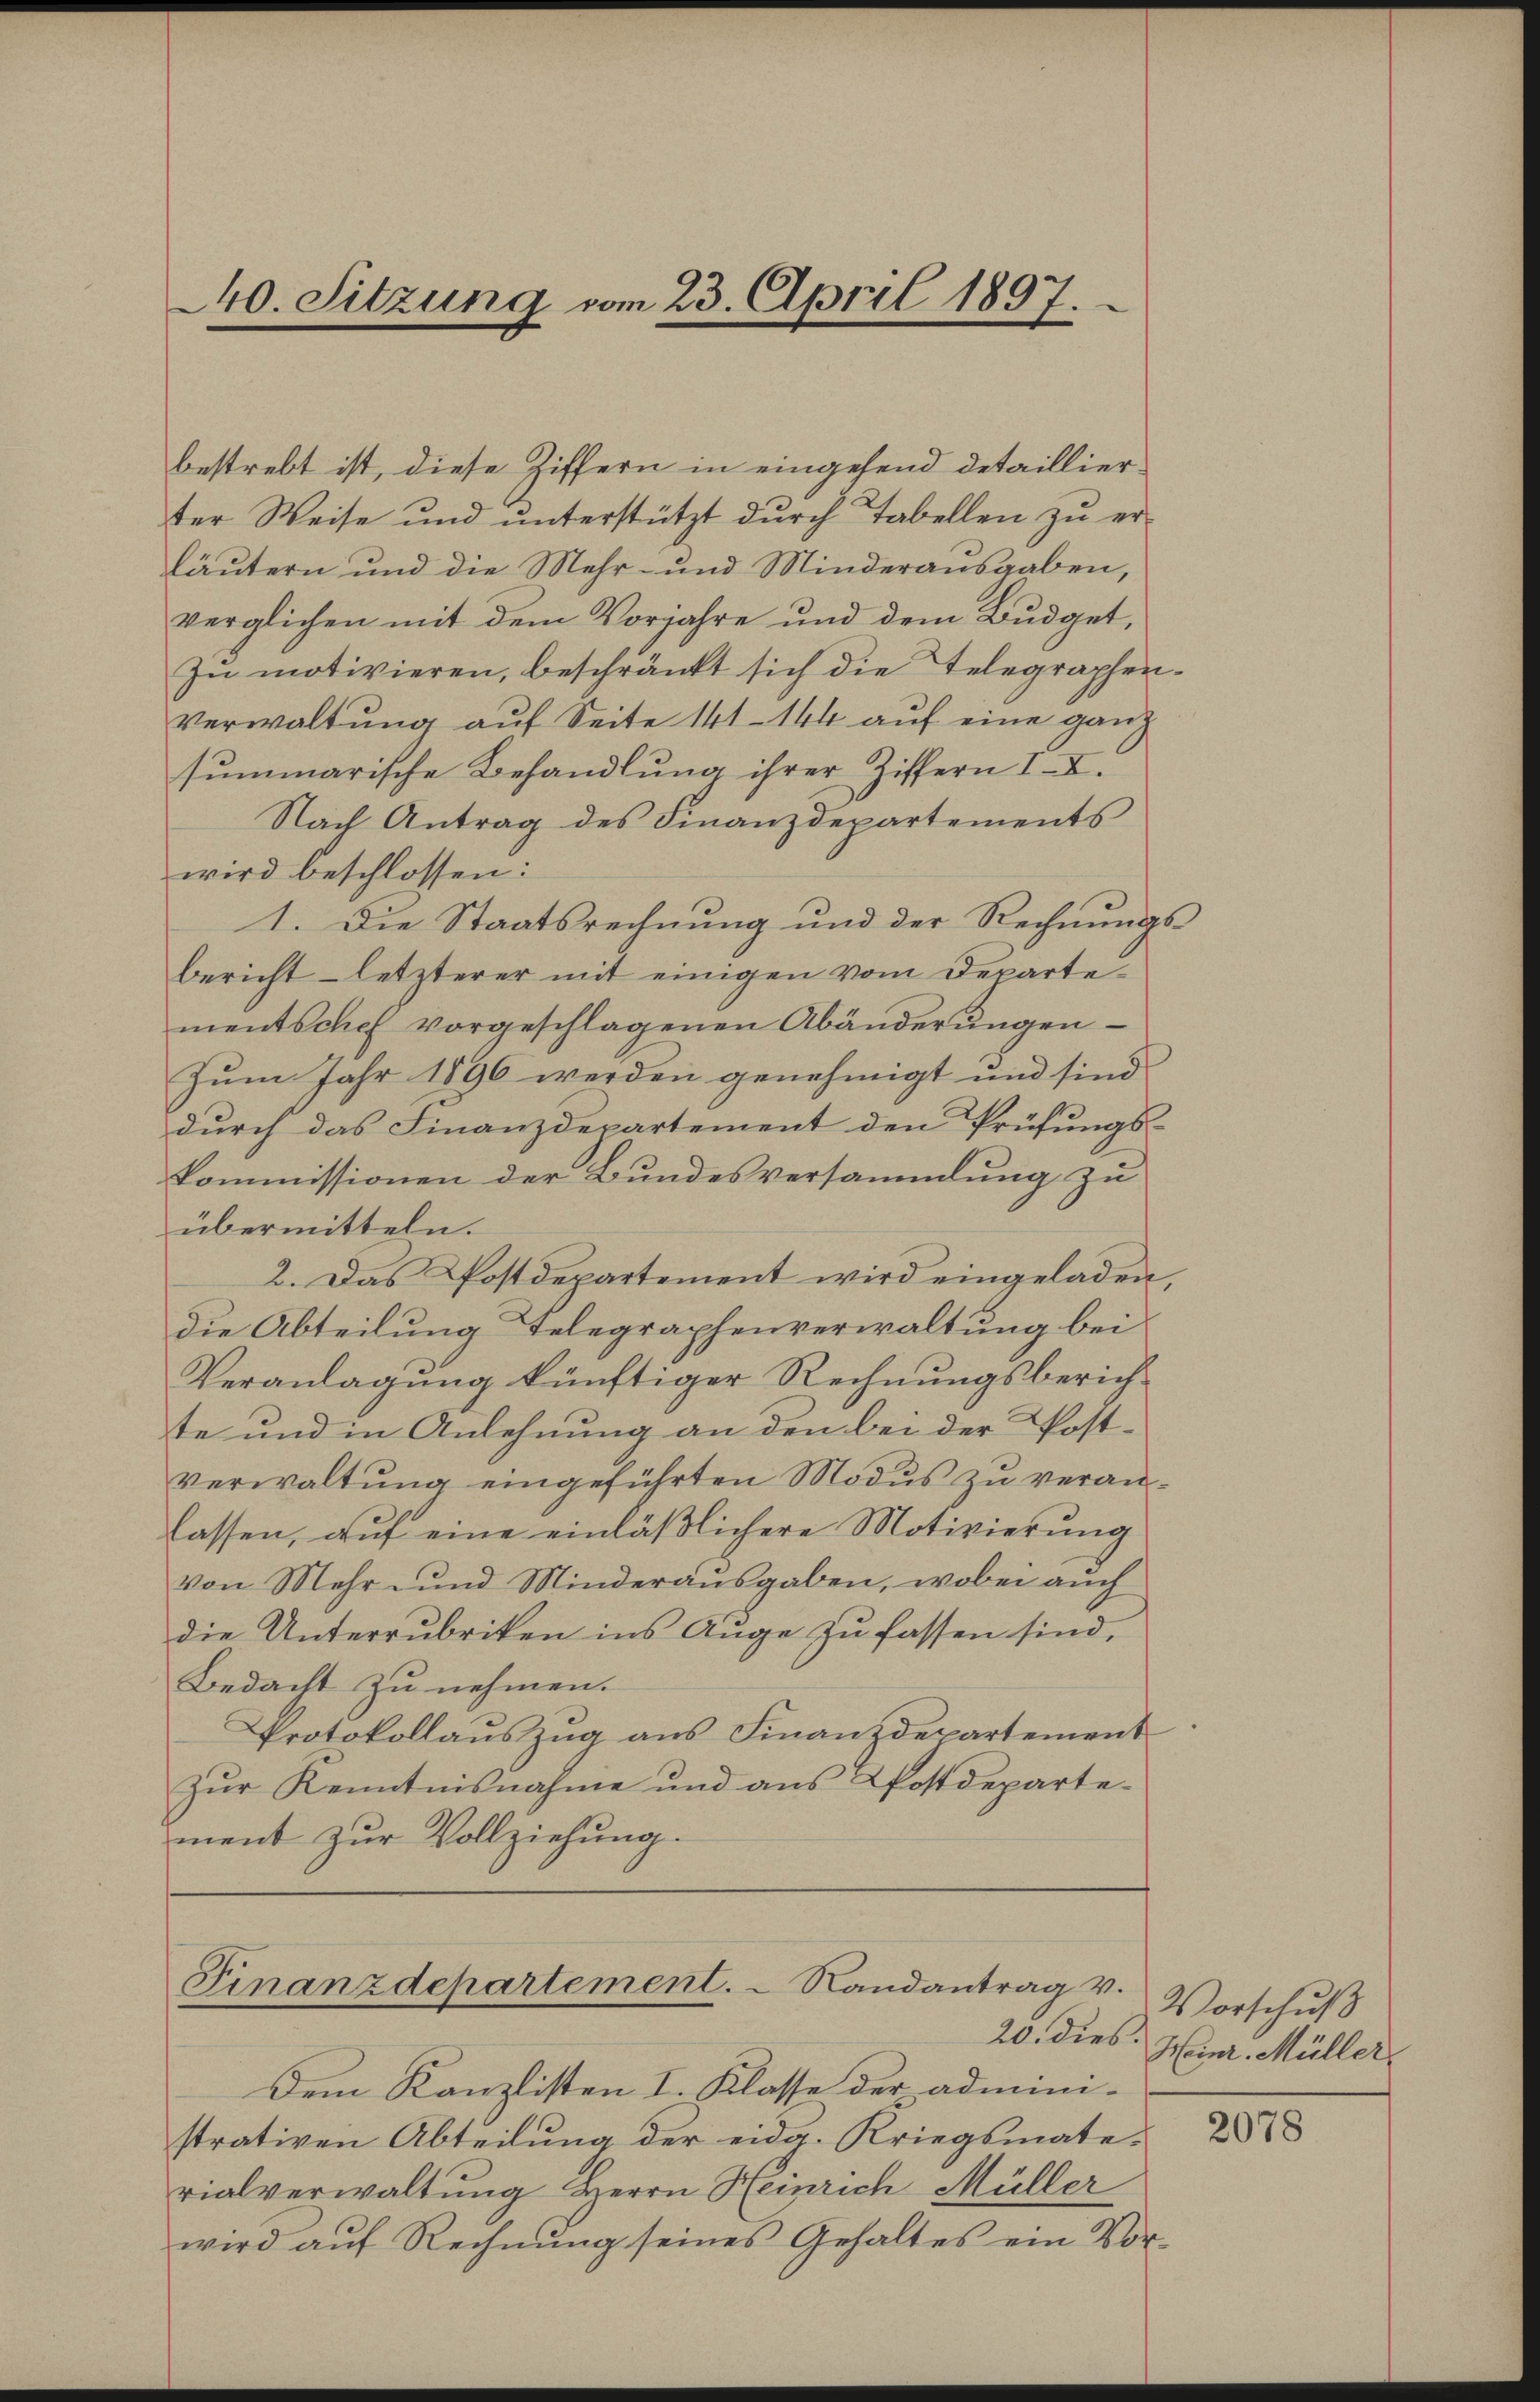
40. Sitzung vom 23. April 1897.

bestrebt ist, diese Ziffern in eingehend detaillierter Weise und ŭnterstützt dŭrch Tabellen zŭ er-
Läutern und die Mehr- und Minderausgaben,
verglichen mit dem Vorjahre und dem Budget,
Zŭ motivieren, beschränkt sich die Telegraphen-
verwaltung auf Seite 141—144 auf eine ganz
summarische Behandlŭng ihrer Ziffern II.
Nach Antrag des Finanzdepartements
wird beschlossen:
1. Die Staatsrechnung und der Rechnungsbericht letzterer mit einigen vom Departementschef vorgeschlagenen Abänderŭngen
Zum Jahr 1896 werden genehmigt und sind
durch das Finanzdepartement den Prüfungs-
Kommissionen der Bundesversammlung zu
übermitteln.
2. Das Postdepartement wird eingeladen
die Abteilung Telegraphenverwaltung bei
Veranlagung künftiger Rechnungsberichte und in Anlehnung an den bei der Postverwaltung eingeführten Modus zu veranlassen, auf eine einläßlichere Motivierung
von Mehr und Minderausgaben, wobei auch
die Unterrubriken ins Auge zu fassen sind,
Bedacht zu nehmen.
Protokollauszug aus Finanzdepartement
Zur Kenntnisnahme und aus Postdepartement zur Vollziehung.

Finanzdepartement. - Randantrag v.
20. dies.

Dem Kanzlisten I. Klasse der administrativen Abteilung der eidg. Kriegsmate-
rialverwaltung Herrn Heinrich Müller
wird aŭf Rechnŭng seines Gehaltes ein Vor-

Vorschuß
Heinr. Müller

2078